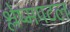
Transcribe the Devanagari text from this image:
श्लेष्मपटल